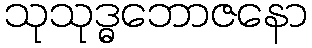
သုသုဒ္ဓဘောဇနော